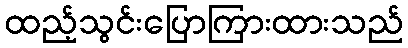
ထည့်သွင်းပြောကြားထားသည်